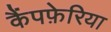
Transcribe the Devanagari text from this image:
कैंपफ़ेरिया